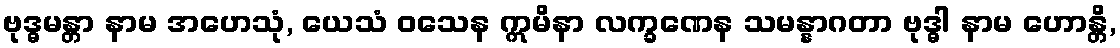
ဗုဒ္ဓမန္တာ နာမ အဟေသုံ, ယေသံ ဝသေန ဣမိနာ လက္ခဏေန သမန္နာဂတာ ဗုဒ္ဓါ နာမ ဟောန္တိ,